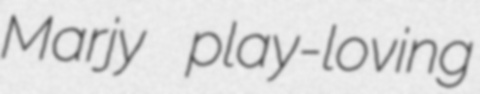
Marjy play-loving